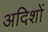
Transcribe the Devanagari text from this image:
अदिशों